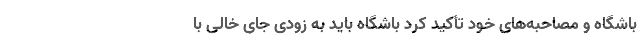
باشگاه و مصاحبه‌های خود تأکید کرد باشگاه باید به زودی جای خالی با